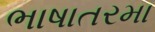
ભાષાતરમા